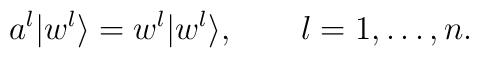
a^l|w^l\rangle=w^l|w^l\rangle,\qquad l=1,\ldots, n.